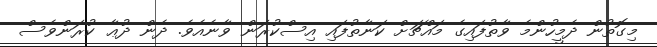
މިގޮތުން ދެމީހުންމެ ވާތުފައިގެ މައްޗަށް ކަނާތުފައި އިސްކުރަން ވާނެއެވެ. ދެން ދުޢާ ކުރަންވެސް